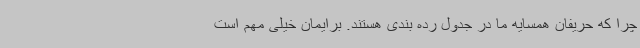
چرا که حریفان همسایه ما در جدول رده بندی هستند. برایمان خیلی مهم است